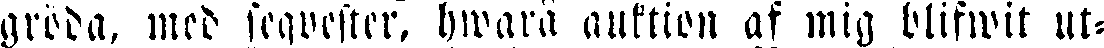
gröda, med seqvester, hwara auktion af mig blifwit ut-